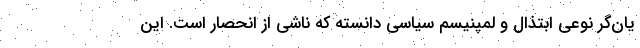
یان‌گر نوعی ابتذال و لمپنیسم سیاسی دانسته که ناشی از انحصار است. این